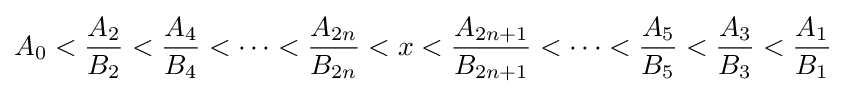
A_{0}<{\frac {A_{2}}{B_{2}}}<{\frac {A_{4}}{B_{4}}}<\cdots <{\frac {A_{2n}}{B_{2n}}}<x<{\frac {A_{2n+1}}{B_{2n+1}}}<\cdots <{\frac {A_{5}}{B_{5}}}<{\frac {A_{3}}{B_{3}}}<{\frac {A_{1}}{B_{1}}}